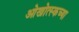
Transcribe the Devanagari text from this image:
ओखोत्स्कच्या